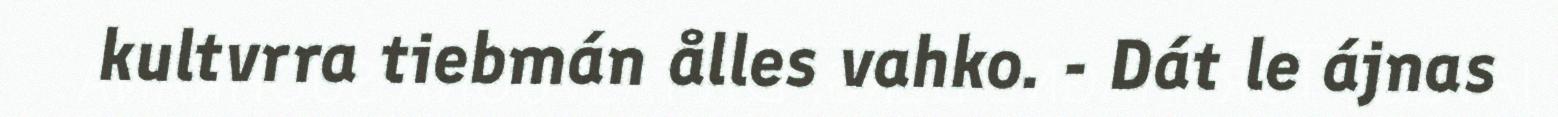
kultvrra tiebmán ålles vahko. - Dát le ájnas